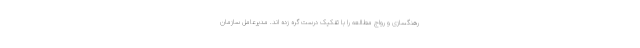
رهنگسازی و رواج مطالعه را با تفکیک درست گره زده اند. مدیرعامل سازمان